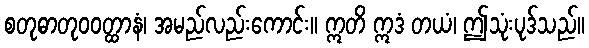
စတုဓာတုဝဝတ္ထာနံ၊ အမည်လည်းကောင်း။ ဣတိ ဣဒံ တယံ၊ ဤသုံးပုဒ်သည်။